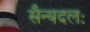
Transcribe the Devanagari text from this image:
सैन्यदलः